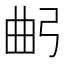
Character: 𢏢